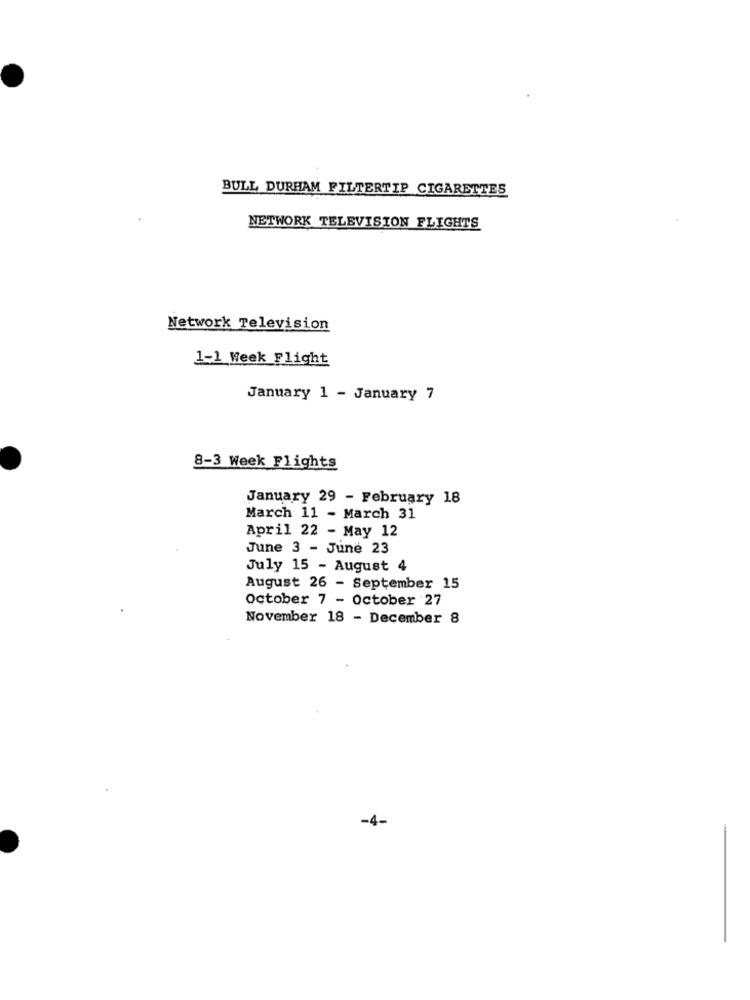
BULL DURHAM FILTERTIP CIGARETTES
NETWORK TELEVISION FLIGHTS
Network Television
1-1 Week Flight
January 1 - January 7
8-3 Week Flights
January 29 - February 18
March 11 - March 31
April 22 - May 12
June 3 - June 23
July 15 - August 4
August 26 - September 15
October 7 - October 27
November 18 - December 8
-4.